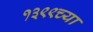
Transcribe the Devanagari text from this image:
१३९९च्या